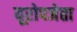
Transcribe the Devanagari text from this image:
यूरोपजेता